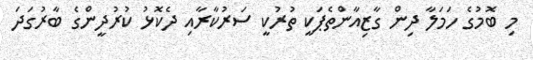
މި ބޮމުގެ ހަމަލާ ދިން ގާޒިއާންތެޕަކީ ތުރުކީ ސަރުކާރާއި ދެކޮޅު ކުރުދީންގެ ބާރުގަދަ